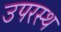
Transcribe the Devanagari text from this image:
उपरस्थ